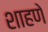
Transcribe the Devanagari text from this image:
शाहणे